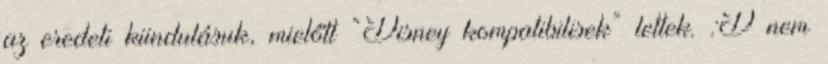
az eredeti kiindulásuk, mielőtt “Disney kompatibilisek” lettek. :D nem